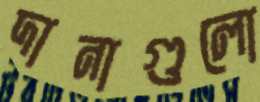
দানাগুলো